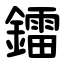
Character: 鐳